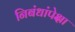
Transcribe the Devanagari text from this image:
निबंधांपेक्षा